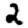
Digit: 2